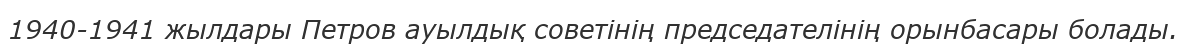
1940-1941 жылдары Петров ауылдық советінің председателінің орынбасары болады.